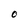
Character: 0